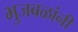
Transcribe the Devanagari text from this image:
भुजबळांनी